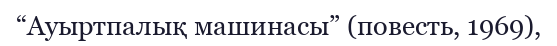
“Ауыртпалық машинасы” (повесть, 1969),